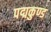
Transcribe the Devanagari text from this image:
पद्मकुण्ड